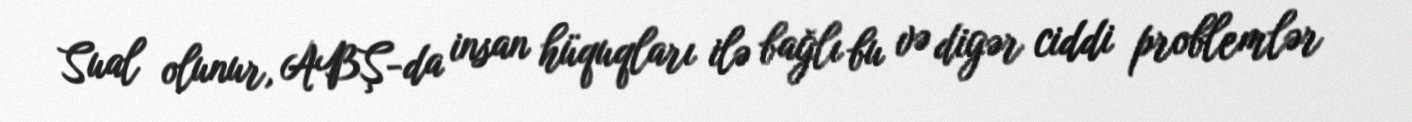
Sual olunur, ABŞ-da insan hüquqları ilə bağlı bu və digər ciddi problemlər